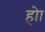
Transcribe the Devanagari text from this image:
होा